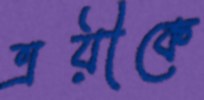
ত্রয়ীকে